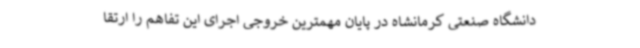
دانشگاه صنعتی کرمانشاه در پایان مهمترین خروجی اجرای این تفاهم را ارتقا